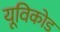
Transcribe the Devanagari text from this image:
यूविकोड